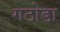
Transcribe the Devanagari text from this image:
गठोडा